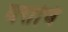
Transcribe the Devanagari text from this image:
घरांचि